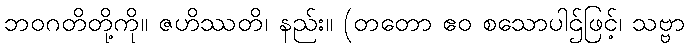
ဘဝဂတိတို့ကို။ ဇဟိဿတိ၊ နည်း။ (တတော ဧဝ စသောပါဌ်ဖြင့်၊ သဗ္ဗာ